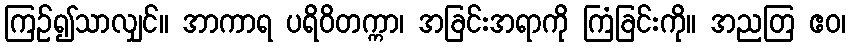
ကြဉ်၍သာလျှင်။ အာကာရ ပရိဝိတက္ကာ၊ အခြင်းအရာကို ကြံခြင်းကို။ အညတြ ဧဝ၊